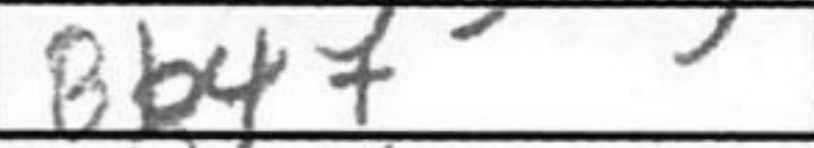
Transcription: Bb4+